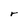
Character: r